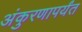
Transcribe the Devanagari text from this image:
अंकुरणापर्यंत